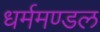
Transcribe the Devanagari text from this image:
धर्ममण्डल